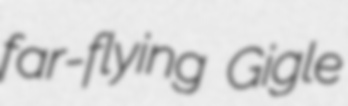
far-flying Gigle